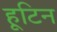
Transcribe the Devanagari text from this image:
हूटिन